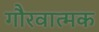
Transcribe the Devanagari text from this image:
गौरवात्मक